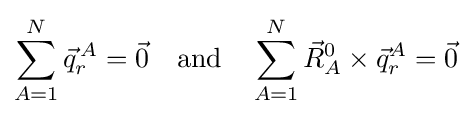
\sum _{A=1}^{N}{\vec {q}}_{r}^{\,A}={\vec {0}}\quad \mathrm {and} \quad \sum _{A=1}^{N}{\vec {R}}_{A}^{0}\times {\vec {q}}_{r}^{A}={\vec {0}}